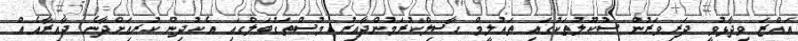
އައްޒަ ވިދާޅުވީ ދަރިވަރުން ސުކޫލުތަކުގައި ތައުލީމް ހާސިލްކުރަމުންދާއިރު މުސްތަގުބަލްގައި އެކުދިން ކުރިއަށްދާނެ ދާއިރާއެއް